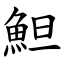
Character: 䱇